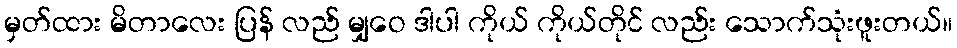
မှတ်ထား မိတာလေး ပြန် လည် မျှဝေ ဒါပါ ကိုယ် ကိုယ်တိုင် လည်း သောက်သုံးဖူးတယ်။